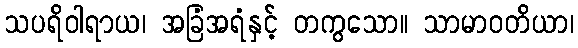
သပရိဝါရာယ၊ အခြံအရံနှင့် တကွသော။ သာမာဝတိယာ၊